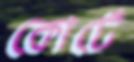
কোর্টে